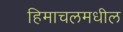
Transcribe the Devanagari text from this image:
हिमाचलमधील